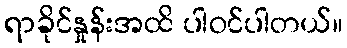
ရာခိုင်နှုန်းအထိ ပါဝင်ပါတယ်။